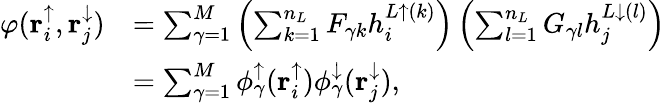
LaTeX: \begin{array}{rl}{\varphi(\mathbf{r}_{i}^{\uparrow},\mathbf{r}_{j}^{\downarrow})}&{=\sum_{\gamma=1}^{M}\left(\sum_{k=1}^{n_{L}}F_{\gamma k}h_{i}^{L\uparrow(k)}\right)\left(\sum_{l=1}^{n_{L}}G_{\gamma l}h_{j}^{L\downarrow(l)}\right)}\\ &{=\sum_{\gamma=1}^{M}\phi_{\gamma}^{\uparrow}(\mathbf{r}_{i}^{\uparrow})\phi_{\gamma}^{\downarrow}(\mathbf{r}_{j}^{\downarrow}),}\end{array}